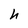
Character: h